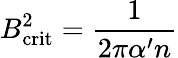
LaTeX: B_{\mathrm{crit}}^{2}=\frac{1}{2\pi\alpha^{\prime}n}